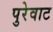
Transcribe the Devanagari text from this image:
पुरेवाट